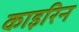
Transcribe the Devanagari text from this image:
काइरिन